Report of the Indian Hemp Drugs Commission, 1894-1895 - Volume VI
Year: 1894
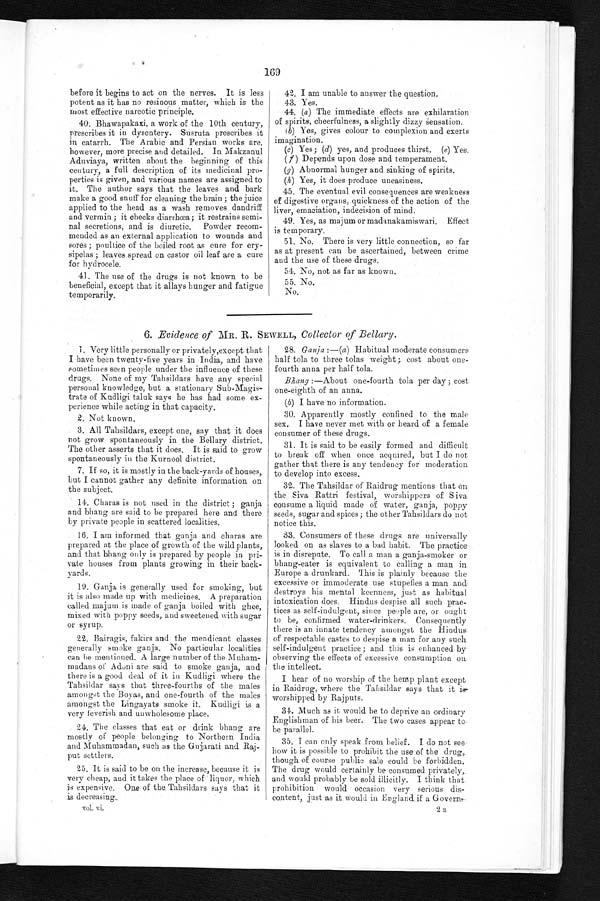
169
before it begins to act on the nerves. It is less
potent as it has no resinous matter, which is the
most effective narcotic principle.
40. Bhawapakaxi, a work of the 10th century,
prescribes it in dysentery. Susruta prescribes it
in catarrh. The Arabic and Persian works are,
however, more precise and detailed. In Makzanul
Aduviaya, written about the beginning of this
century, a full description of its medicinal pro-
perties is given, and various names are assigned to
it. The author says that the leaves and bark
make a good snuff for cleaning the brain ; the juice
applied to the head as a wash removes dandruff
and vermin ; it checks diarrhœa; it restrains semi-
nal secretions, and is diuretic. Powder recom-
mended as an external application to wounds and
sores ; poultice of the boiled root as cure for ery-
sipelas ; leaves spread on castor oil leaf are a cure
for hydrocele.
41. The use of the drugs is not known to be
beneficial, except that it allays hunger and fatigue
temporarily.
42. I am unable to answer the question.
43.
Yes.
44. (a) The immediate effects are exhilaration
of spirits, cheerfulness, a slightly dizzy sensation.
(b) Yes, gives colour to complexion and exerts
imagination.
(c) Yes; (d) yes, and produces thirst. (e) Yes.
(f) Depends upon dose and temperament.
(y) Abnormal hunger and sinking of spirits.
(h) Yes, it does produce uneasiness.
45. The eventual evil consequences are weakness
of digestive organs, quickness of the action of the
liver, emaciation, indecision of mind.
49. Yes, as majum or madanakamiswari. Effect
is temporary.
51. No. There is very little connection, so far
as at present can be ascertained, between crime
and the use of these drugs.
54. No, not as far as known.
55. No.
No.
6. Evidence of MR. R. SEWELL, Collector of Bellary.
1. Very little personally or privately,except that
I have been twenty-five years in India, and have
sometimes seen people under the influence of these
drugs. None of my Tahsildars have any special
p e r s o n a l k n o w l e d g e , b u t a s a t a t i o n r y s u b - M a g i s
trate of Kudligi taluk says he has had some ex-
perience while acting in that capacity.
2. Not known.
3. All Tahsildars, except one, say that it does
not grow spontaneously in the Bellary district.
The other asserts that it does. It is said to grow
spontaneously in the Kurnool district.
7. If so, it is mostly in the back-yards of houses,
but I cannot gather any definite information on
the subject.
14. Charas is not used in the district ; ganja
and bhang are said to be prepared here and there
by private people in scattered localities.
16. I am informed that ganja and charas are
prepared at the place of growth of the wild plants,
and that bhang only is prepared by people in pri-
vate houses from plants growing in their back-
yards.
19. Ganja is generally used for smoking, but
it is also made up with medicines. A preparation
called majum is made of ganja boiled with ghee,
mixed with poppy seeds, and sweetened with sugar
or syrup.
22. Bairagis, fakirs and the mendicant classes
generally smoke ganja. No particular localities
can be mentioned. A large number of the Muham-
madans of Adoni are said to smoke ganja, and
there is a good deal of it in Kudligi where the
Tahsildar says that three-fourths of the males
amongst the Boyas, and one-fourth of the males
amongst the Lingayats smoke it. Kudligi is a
very feverish and unwholesome place.
24. The classes that eat or drink bhang are
mostly of people belonging to Northern India
and Muhammadan, such as the Gujarati and Raj-
put settlers.
25. It is said to be on the increase, because it is
very cheap, and it takes the place of liquor, which
is expensive. o n e o f t h e T a h s i l d a r s s a y s t h a t i t
is decreasing.
v o l v i .
28. Ganja :—(a) Habitual moderate consumers
half tola to three tolas weight ; cost about one-
fourth anna per half tola.
Bhang :—About one-fourth tola per day ; cost
one-eighth of an anna.
(b) I have no information.
30. Apparently mostly confined to the male
sex.. I have never met with or heard of a female
consumer of these drugs.
31. It is said to be easily formed and difficult
to break off when once acquired, but I do not
gather that there is any tendency for moderation
to develop into excess.
32. The Tahsildar of Raidrug mentions that on
the Siva Rattri festival, worshippers of siva
consume a liquid made of water, ganja, poppy
seeds, sugar and spices ; the other Tahsildars do not
notice this.
33. Consumers of these drugs are universally
looked on as slaves to a bad habit. The practice
is in disrepute. To call a man a ganja-smoker or
bhang-eater is equivalent to calling a man in
Europe a drunkard. This is plainly because the
excessive or immoderate use stupefies a man and
destroys his mental keenness, just as habitual
intoxication does. Hindus despise all such prac-
tices as self-indulgent, since people are, or ought
to be, confirmed water-drinkers. Consequently
there is an innate tendency amongst the Hindus
of respectable castes to despise a man for any such
self-indulgent practice ; and this is enhanced by
observing the effects of excessive consumption on
• the intellect.
I hear of no worship of the hemp plant except
in Raidrug, where the Tahsildar says that it is..
worshipped by Rajputs.
34. Much as it would be to deprive an ordinary
Englishman of his beer. The two cases appear to
be parallel.
35. I can only speak from belief. I do not see
how it is possible to prohibit the use of the drug,
though of course public sale could be forbidden.
The drug would certainly be consumed privately,
and woul d probabl y be sol d i l l i ci t l y. I t hi nk t hat prohi bi t i on woul d occasi on very seri ous di scont ent , j ust as i t woul d i n Engl and i f a Governar